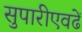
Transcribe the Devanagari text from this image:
सुपारीएवढें